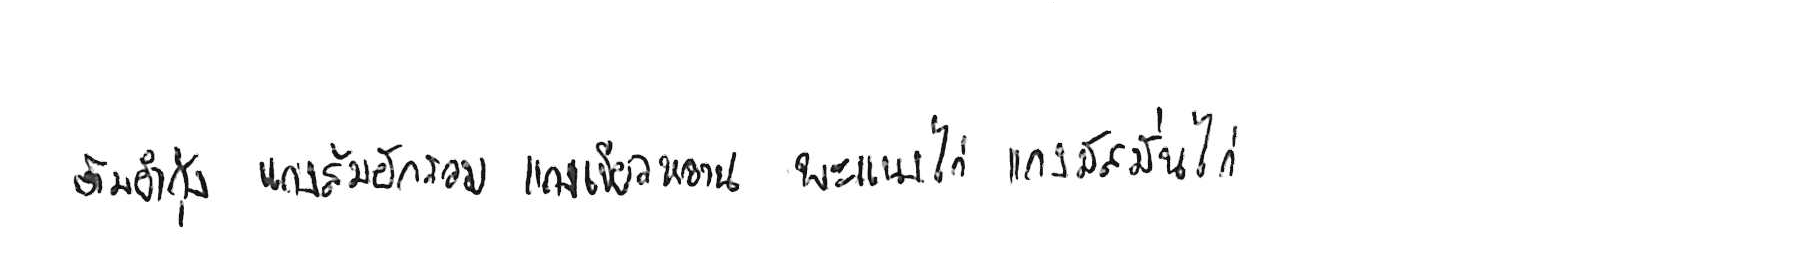
ต้มยำกุ้ง แกงส้มผักรวม แกงเขียวหวาน พะแนงไก่ แกงมัสมั่นไก่